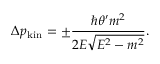
\Delta p _ { \mathrm { k i n } } = \pm \frac { \hbar \theta ^ { \prime } m ^ { 2 } } { 2 E \sqrt { E ^ { 2 } - m ^ { 2 } } } .